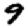
Digit: 9